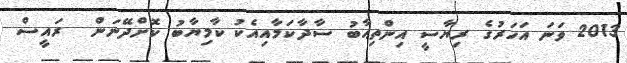
2013 ވަނަ އަހަރުގެ ރިޔާސީ އިންތިޙާބު ސާދާކަމާއިއެކު ކާމިޔާބު ކޮށްދޭނަން  ރައީސް